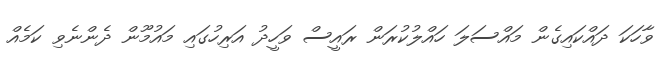
ވާހަކަ ދައްކައިގެން މައްސަލަ ހައްލުކުރަން ރައީސް ވަހީދު އަރިހުގައި މައުމޫން ދެންނެވި ކަމެއް